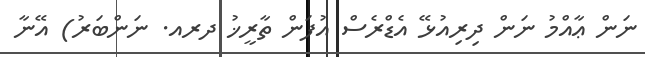
ނަން ޢާއްމު ނަން ދިރިއުޅޭ އެޑްރެސް އުފަން ތާރީޚު ދރއ. ނަންބަރު) އޭނާ